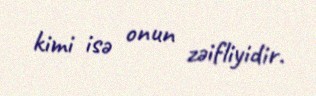
kimi isə onun zəifliyidir.